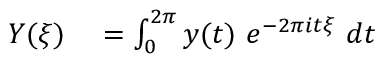
\begin{array} { r l } { Y ( \xi ) } & { { } = \int _ { 0 } ^ { 2 \pi } y ( t ) ~ e ^ { - 2 \pi i t \xi } ~ d t } \end{array}